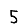
Digit: 5